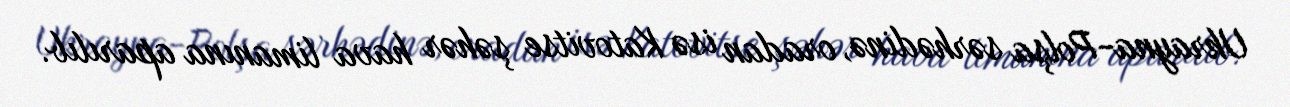
Ukrayna-Polşa sərhədinə, oradan isə Katovitse şəhər hava limanına aparılıb.